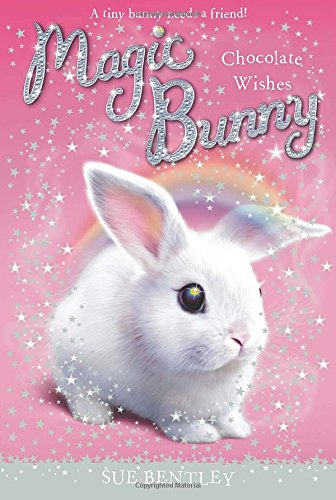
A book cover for Chocolate Wishes #1 (Magic Bunny); Sue Bentley; Children's Books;